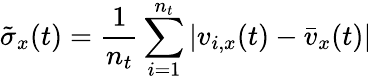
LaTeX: \tilde{\sigma}_{x}(t)=\frac{1}{n_{t}}\sum_{i=1}^{n_{t}}|v_{i,x}(t)-\bar{v}_{x}(t)|